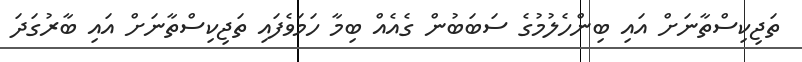
ތަޖިކިސްތާނަށް އައި ބިންހެލުމުގެ ސަބަބުން ގެއެއް ބިމާ ހަމަވެފައި ތަޖިކިސްތާނަށް އައި ބާރުގަދަ